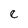
Character: e